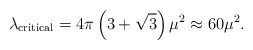
\begin{align*}\lambda_{\rm critical}=4\pi\left(3+\sqrt{3}\right) \mu^2 \approx 60\mu^2.\end{align*}